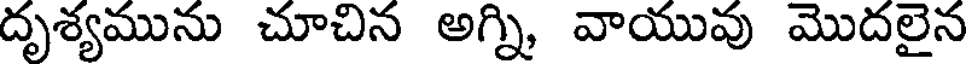
దృశ్యమును చూచిన అగ్ని వాయువు మొదలైన